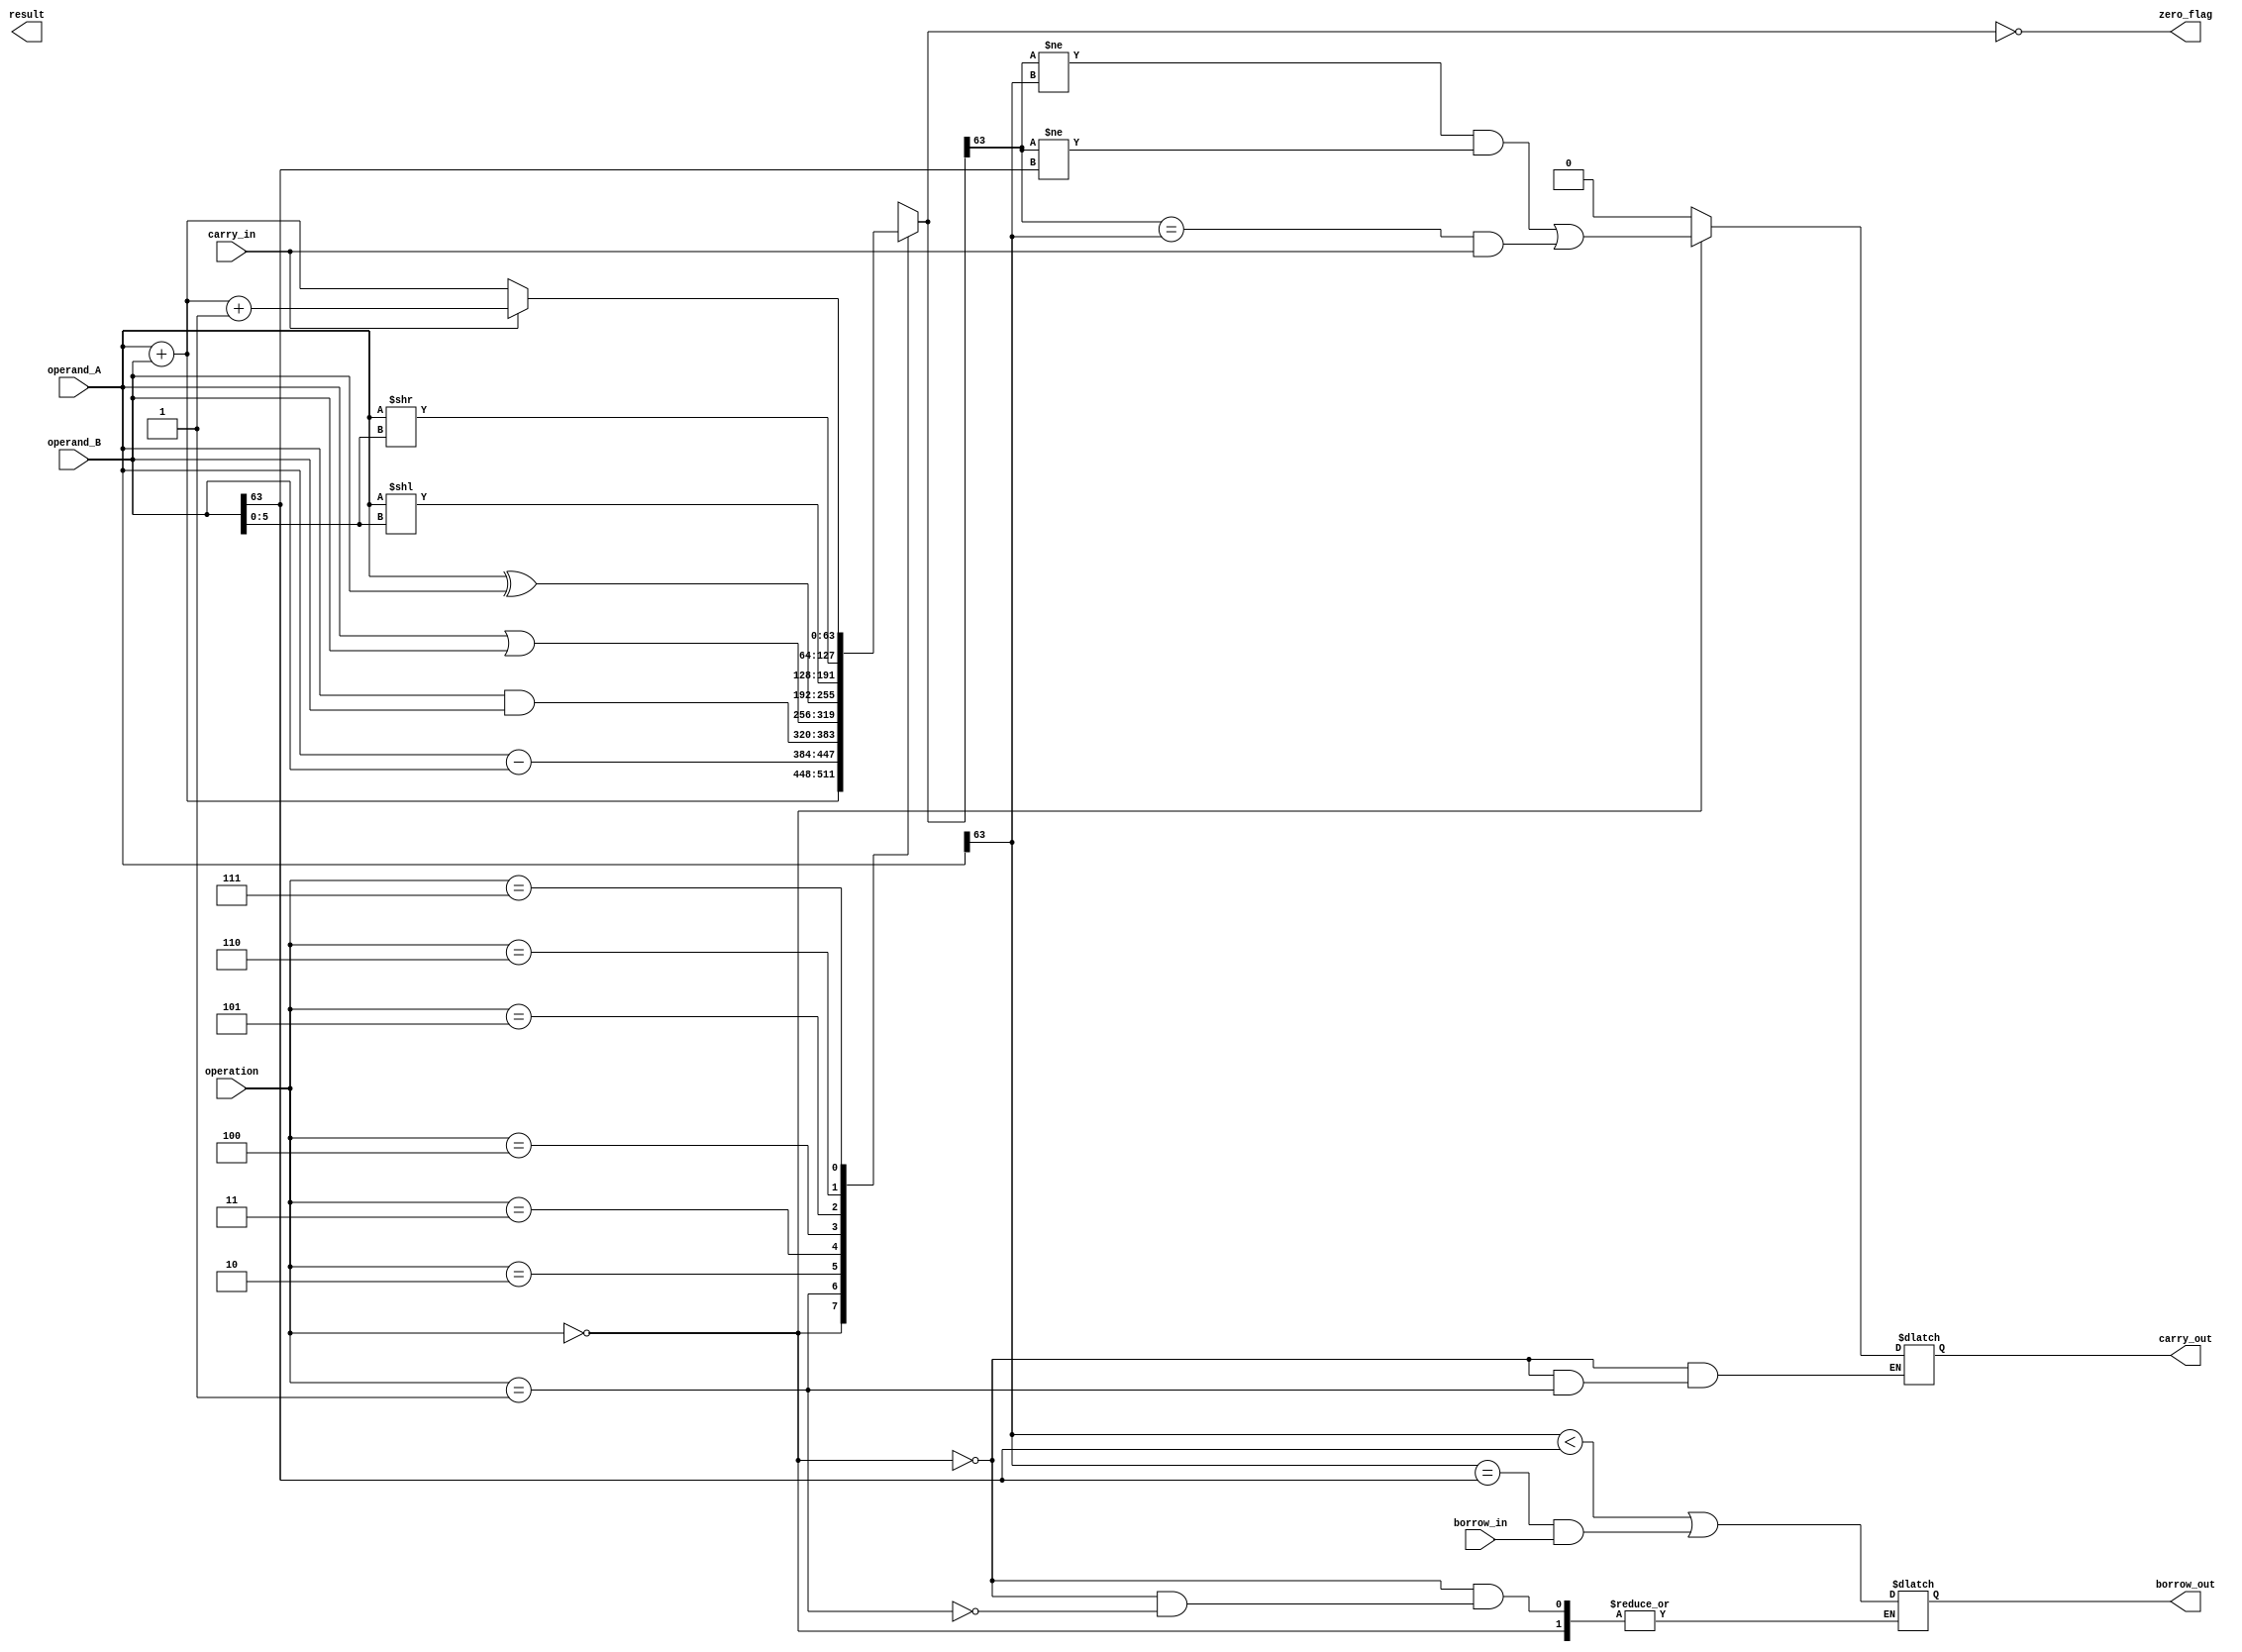
module ALU_64bit(
    input [63:0] operand_A,
    input [63:0] operand_B,
    input [2:0] operation,
    input carry_in,
    input borrow_in,
    output [63:0] result,
    output carry_out,
    output borrow_out,
    output zero_flag
);

reg [63:0] temp_result;
reg carry, borrow;
reg [63:0] negate_operand_B;

assign carry_out = carry;
assign borrow_out = borrow;
assign zero_flag = (temp_result == 64'b0);

always @(*) begin
    case(operation)
        3'b000: temp_result = operand_A + operand_B;
        3'b001: temp_result = operand_A - operand_B;
        3'b010: temp_result = operand_A & operand_B;
        3'b011: temp_result = operand_A | operand_B;
        3'b100: temp_result = operand_A ^ operand_B;
        3'b101: temp_result = operand_A << operand_B[5:0];
        3'b110: temp_result = operand_A >> operand_B[5:0];
        3'b111: begin 
            if(carry_in)
                temp_result = operand_A + operand_B + 1;
            else
                temp_result = operand_A + operand_B;
        end
    endcase
end

always @(*) begin
    if(operation == 3'b000) 
        carry = (temp_result[63] != operand_A[63] && temp_result[63] != operand_B[63]) || (temp_result[63] == operand_A[63] && carry_in);
    else if(operation == 3'b001)
        borrow = (operand_A[63] < operand_B[63]) || (operand_A[63] == operand_B[63] && borrow_in);
    else
        carry = 1'b0;
end

endmodule